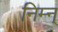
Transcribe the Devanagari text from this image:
निम्न्